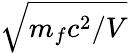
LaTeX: \sqrt{m_{f}c^{2}/V}